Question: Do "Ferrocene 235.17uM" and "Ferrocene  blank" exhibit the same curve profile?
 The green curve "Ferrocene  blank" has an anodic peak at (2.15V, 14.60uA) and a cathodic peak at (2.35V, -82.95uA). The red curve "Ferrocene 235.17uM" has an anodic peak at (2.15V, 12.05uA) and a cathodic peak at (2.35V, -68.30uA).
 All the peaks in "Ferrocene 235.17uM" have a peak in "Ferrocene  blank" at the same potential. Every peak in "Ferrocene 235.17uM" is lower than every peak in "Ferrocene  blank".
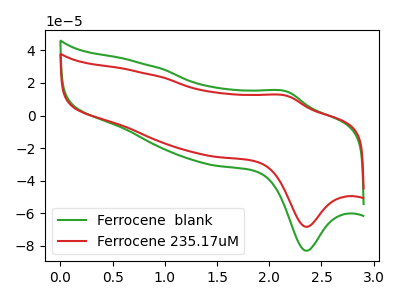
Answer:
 <answer>"Ferrocene 235.17uM" and "Ferrocene  blank" are similar in shape.</answer>
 <eval>same_shape</eval>